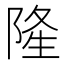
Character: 𨺓